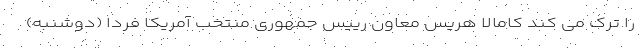
را ترک می کند کامالا هریس معاون رییس جمهوری منتخب آمریکا فردا (دوشنبه)